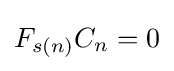
F_{s(n)}C_{n}=0